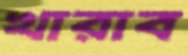
খারাব